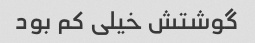
گوشتش خیلی کم بود